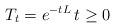
LaTeX: \begin{align*}T_t =e^{-tL}\, t\geq 0\end{align*}